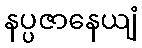
နပ္ပဇာနေယျံ